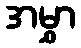
အမွှာ